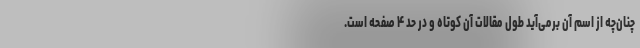
چنان‌چه از اسم آن برمی‌آید طول مقالات آن کوتاه و در حد ۴ صفحه است.